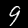
Label: 9